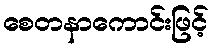
စေတနာကောင်းဖြင့်